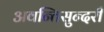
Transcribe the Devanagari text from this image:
अवन्तिसुन्दरी